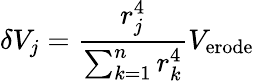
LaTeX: \delta V_{j}=\frac{r_{j}^{4}}{\sum_{k=1}^{n}r_{k}^{4}}V_{\mathrm{{erode}}}